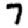
Digit: 7